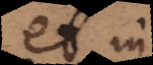
et in